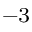
^ { - 3 }